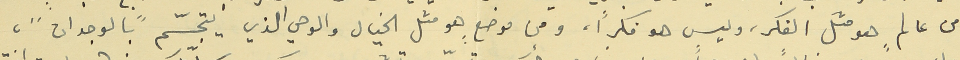
من عالمٍ هو مثلَ الفكر، وليس هو فكراً، ومن موضعٍ هو مثل الخيال والوحي الذي يتجسّم "بالوجدان"،